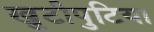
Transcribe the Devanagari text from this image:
खुटीपुटिया